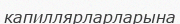
капиллярларларына